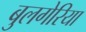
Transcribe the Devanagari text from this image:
बुलगेरिया